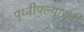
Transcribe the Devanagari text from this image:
पृथ्वीपल्याडची